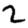
Digit: 2